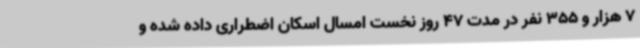
7 هزار و 355 نفر در مدت 47 روز نخست امسال اسکان اضطراری داده شده و